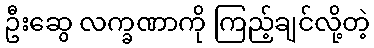
ဦးဆွေ လက္ခဏာကို ကြည့်ချင်လို့တဲ့